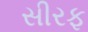
સીરફ